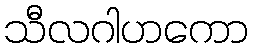
သီလဂါဟကော